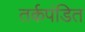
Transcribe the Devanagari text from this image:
तर्कपंडित